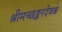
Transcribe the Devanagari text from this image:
श्रीमच्छङ्करदेवश्च